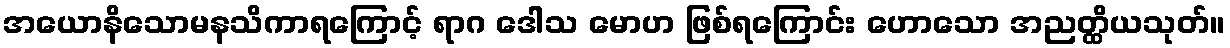
အယောနိသောမနသိကာရကြောင့် ရာဂ ဒေါသ မောဟ ဖြစ်ရကြောင်း ဟောသော အညတ္ထိယသုတ်။